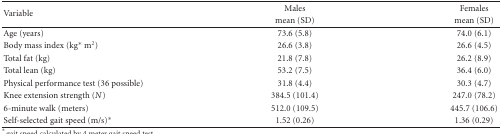
<table><thead><tr><td rowspan="2"><b>Variable</b></td><td><b>Males</b></td><td><b>Females</b></td></tr><tr><td><b>mean (SD)</b></td><td><b>mean (SD)</b></td></tr></thead><tbody><tr><td>Age (years)</td><td>73.6 (5.8)</td><td>74.0 (6.1)</td></tr><tr><td>Body mass index (kg* m<sup>2</sup>)</td><td>26.6 (3.8)</td><td>26.6 (4.5)</td></tr><tr><td>Total fat (kg)</td><td>21.8 (7.8)</td><td>26.2 (8.9)</td></tr><tr><td>Total lean (kg)</td><td>53.2 (7.5)</td><td>36.4 (6.0)</td></tr><tr><td>Physical performance test (36 possible)</td><td>31.8 (4.4)</td><td>30.3 (4.7)</td></tr><tr><td>Knee extension strength (<i>N</i>)</td><td>384.5 (101.4)</td><td>247.0 (78.2)</td></tr><tr><td>6-minute walk (meters)</td><td>512.0 (109.5)</td><td>445.7 (106.6)</td></tr><tr><td>Self-selected gait speed (m/s)*</td><td>1.52 (0.26)</td><td>1.36 (0.29)</td></tr></tbody></table>